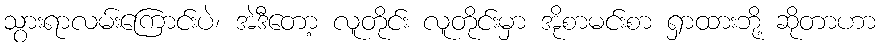
သွားရာလမ်းကြောင်းပဲ၊ အဲဒီတော့ လူတိုင်း လူတိုင်းမှာ အိုစာမင်းစာ ရှာထားဘို့ ဆိုတာဟာ